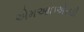
એમઆઇએસડી